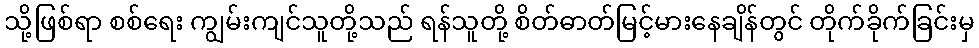
သို့ဖြစ်ရာ စစ်ရေး ကျွမ်းကျင်သူတို့သည် ရန်သူတို့ စိတ်ဓာတ်မြင့်မားနေချိန်တွင် တိုက်ခိုက်ခြင်းမှ